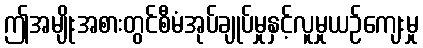
ဤအမျိုးအစားတွင်စီမံအုပ်ချုပ်မှုနှင့်လူမှုယဉ်ကျေးမှု